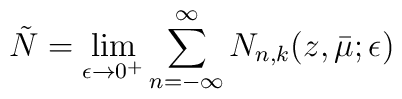
\tilde{N} = \lim_{\epsilon \rightarrow 0^+}\sum_{n=-\infty}^{\infty} N_{n,k} (z, \bar{\mu}; \epsilon)